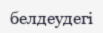
белдеудегі